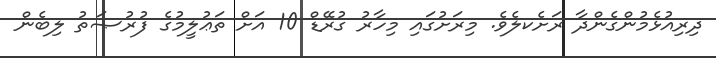
ދިރިއުޅެމުންގެންދާ ރަށެކލެވެ. މިރަށުގައި މިހާރު ގުރޭޑް 10 އަށް ތަޢުލީމުގެ ފުރުޞަތު ލިބެން